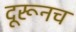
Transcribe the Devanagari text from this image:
दूरूनच